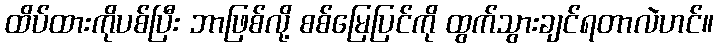
ထိပ်ထားကိုပစ်ပြီး ဘာဖြစ်လို့ စစ်မြေပြင်ကို ထွက်သွားချင်ရတာလဲဟင်။